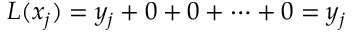
L ( x _ { j } ) = y _ { j } + 0 + 0 + \dots + 0 = y _ { j }